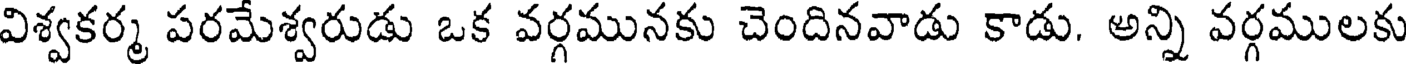
విశ్వకర్మ పరమేశ్వరుడు ఒక వర్గమునకు చెందినవాడు కాడు. అన్ని వర్గములకు